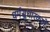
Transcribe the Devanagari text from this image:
धर्मसुधारकाने